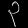
Digit: ၃